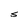
Character: S